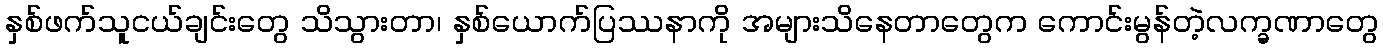
နှစ်ဖက်သူငယ်ချင်းတွေ သိသွားတာ၊ နှစ်ယောက်ပြဿနာကို အများသိနေတာတွေက ကောင်းမွန်တဲ့လက္ခဏာတွေ